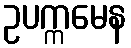
ဥပက္ကမေန